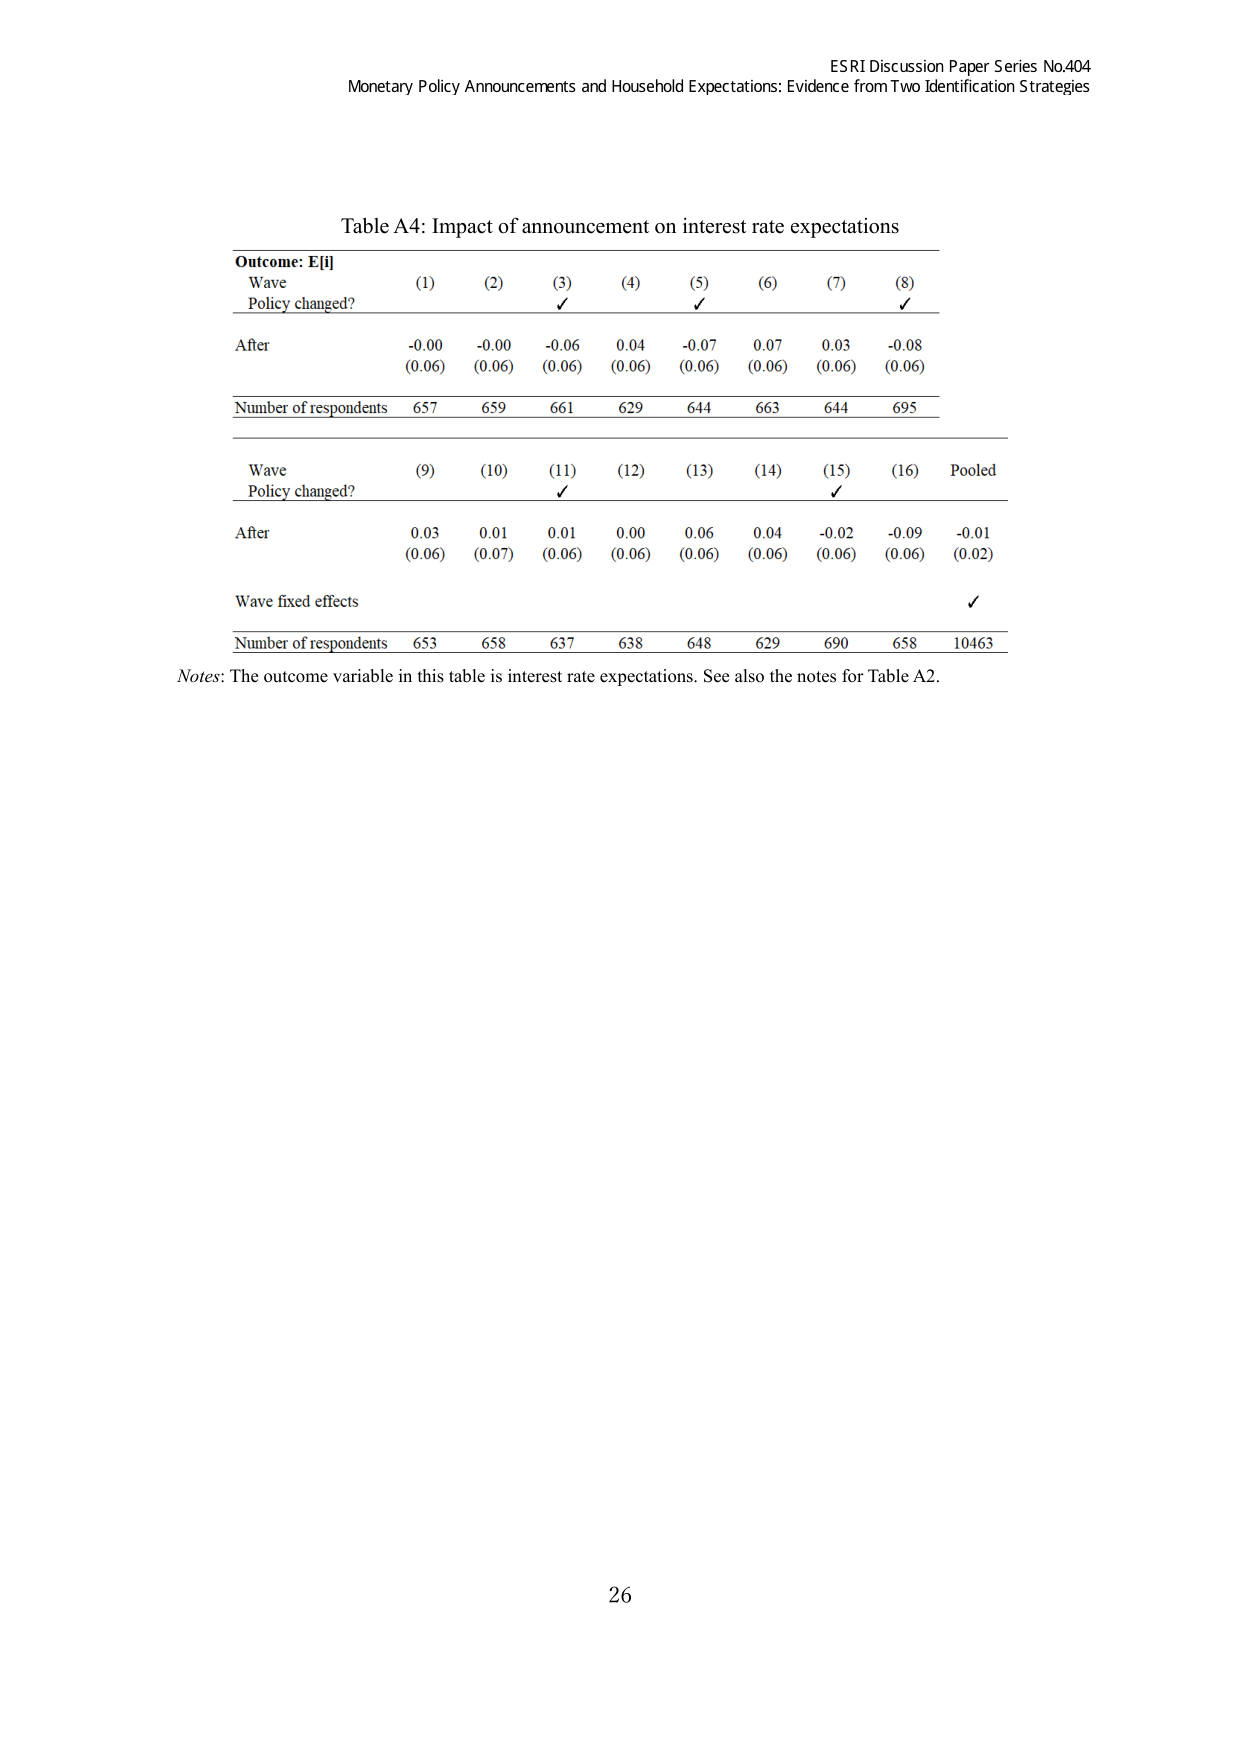
ESRI Discussion Paper Series No.404
Monetary Policy Announcements and Household Expectations: Evidence from Two Identification Strategies

Table A4: Impact of announcement on interest rate expectations

Outcome: E[i]
Wave
Policy changed?
(1)     (2)     (3)     (4)     (5)     (6)     (7)     (8)
✓       ✓       ✓

After
-0.00   -0.00   -0.06   0.04    -0.07   0.07    0.03    -0.08
(0.06)  (0.06)  (0.06)  (0.06)  (0.06)  (0.06)  (0.06)  (0.06)

Number of respondents
657     659     661     629     644     663     644     695

Wave
Policy changed?
(9)     (10)    (11)    (12)    (13)    (14)    (15)    (16)    Pooled
✓       ✓

After
0.03    0.01    0.01    0.00    0.06    0.04    -0.02   -0.09   -0.01
(0.06)  (0.07)  (0.06)  (0.06)  (0.06)  (0.06)  (0.06)  (0.06)  (0.02)

Wave fixed effects
✓

Number of respondents
653     658     637     638     648     629     690     658     10463

Notes: The outcome variable in this table is interest rate expectations. See also the notes for Table A2.

26